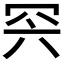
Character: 𦊇